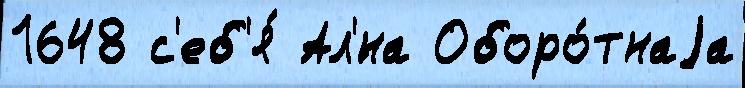
1648 с'еб'я́ Ал'́на Оборо́тнаjа